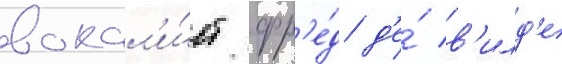
вокал'и́ст фр'е́д д'е́ в'илд'е